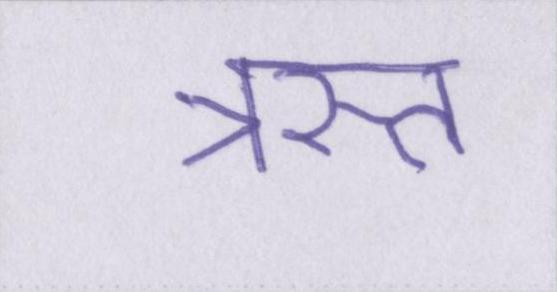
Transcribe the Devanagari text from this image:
त्रस्त